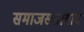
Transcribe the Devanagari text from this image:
समाजसत्तावाद